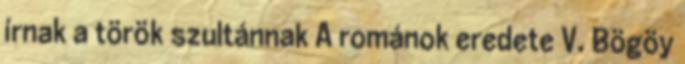
írnak a török szultánnak A románok eredete V. Bögöy